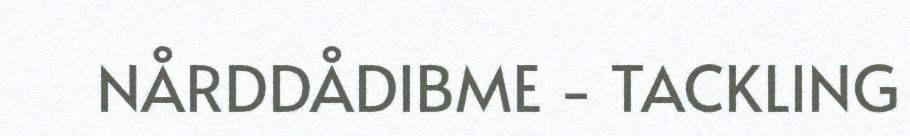
NÅRDDÅDIBME - TACKLING